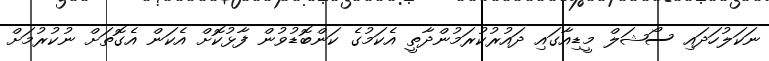
ނަކަލުހަދައި ސޯޝަލް މީޑިއާގައި ދައުރުކުރަމުންދާތީ އެކަމުގެ ކަންބޮޑުވުން ފާޅުކޮށް އެކަން އެގޮތަށް ނުކުރުމަށް